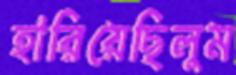
হারিয়েছিলুম